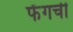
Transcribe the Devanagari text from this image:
फेंगची